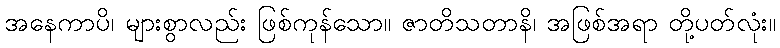
အနေကာပိ၊ များစွာလည်း ဖြစ်ကုန်သော။ ဇာတိသတာနိ၊ အဖြစ်အရာ တို့ပတ်လုံး။